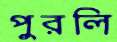
পুরলি